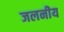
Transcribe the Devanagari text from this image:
जलनीय